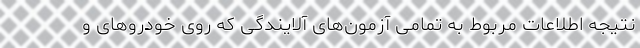
نتیجه اطلاعات مربوط به تمامی آزمون‌های آلایندگی که روی خودروهای و